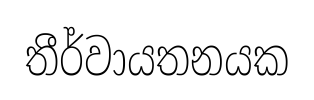
තීර්වායතනයක